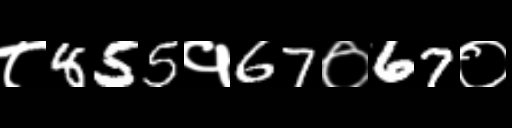
Text: ८855१67०67०